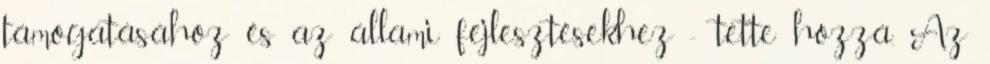
támogatásához és az állami fejlesztésekhez - tette hozzá. Az